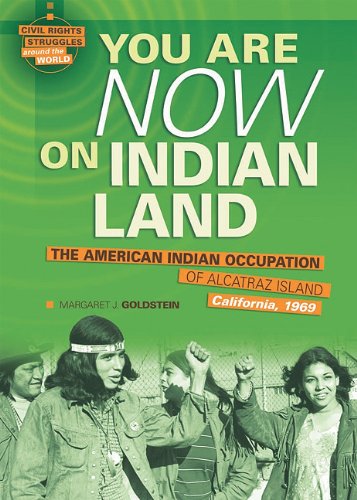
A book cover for You Are Now on Indian Land: The American Indian Occupation of Alcatraz Island, California, 1969 (Civil Rights Struggles Around the World); Margaret J. Goldstein; Teen & Young Adult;